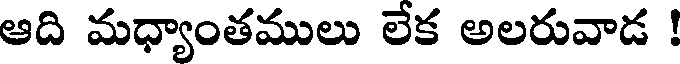
ఆది మధ్యాంతములు లేక అలరువాడ !